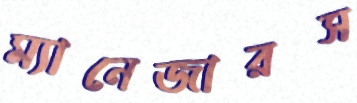
ম্যানেজারস